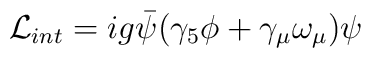
{\cal L}_{int} = i g \bar{\psi} (\gamma_{5} \phi + \gamma_{\mu} \omega_{\mu}) \psi